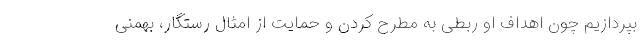
بپردازیم چون اهداف او ربطی به مطرح کردن و حمایت از امثال رستگار، بهمنی